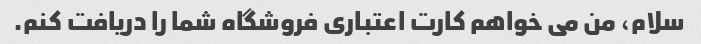
سلام، من می خواهم کارت اعتباری فروشگاه شما را دریافت کنم.